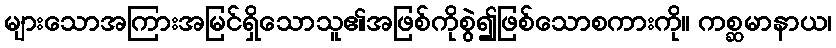
များသောအကြားအမြင်ရှိသောသူ၏အဖြစ်ကိုစွဲ၍ဖြစ်သောစကားကို။ ကစ္ဆမာနာယ၊